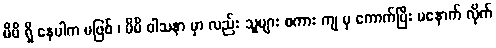
မိမိ ရှိ နေပါက မဖြစ် ၊ မိမိ ဝါသနာ မှာ လည်း သူများ စကား ကျ မှ ကောက်ပြီး မနောက် လိုက်